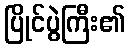
ပြိုင်ပွဲကြီး၏